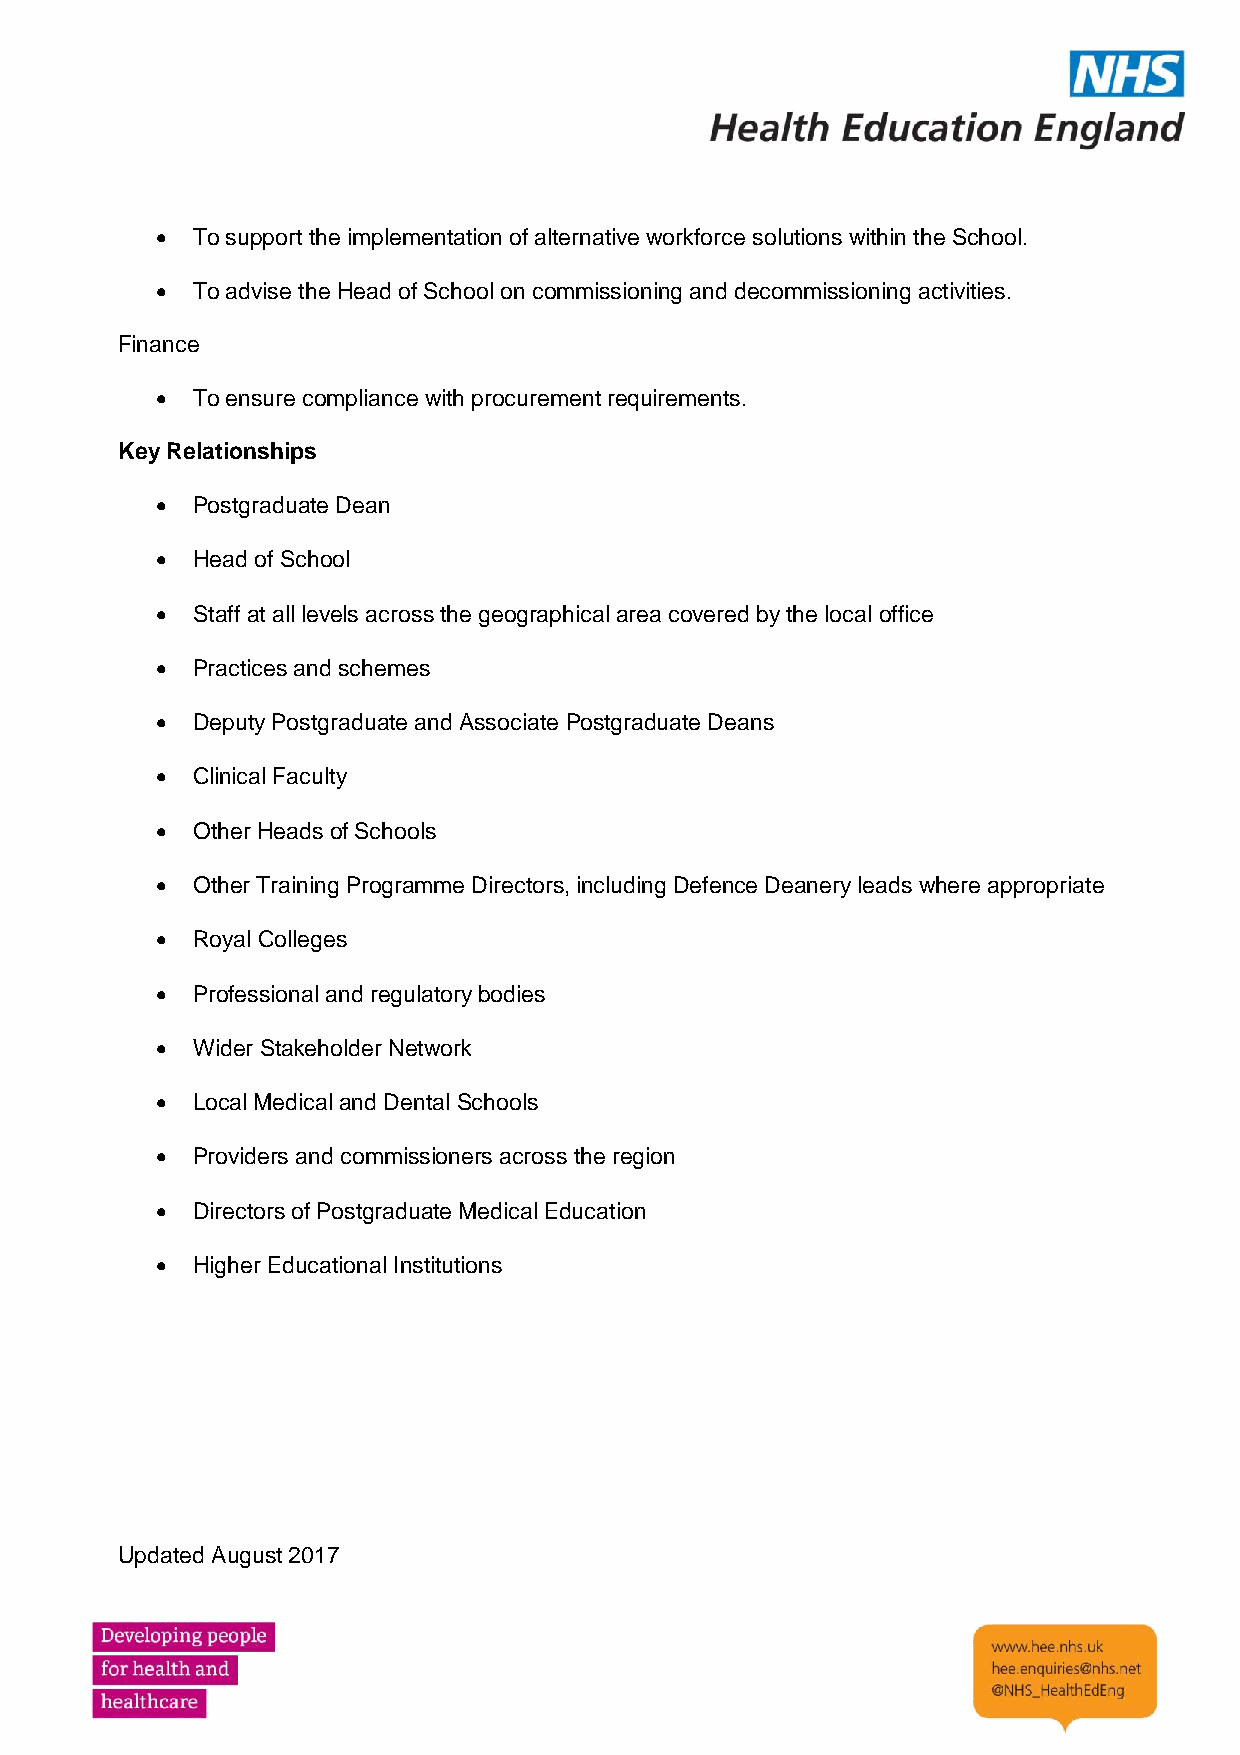
•  To support the implementation of alternative workforce solutions within the School.
 •  To advise the Head of School on commissioning and decommissioning activities.
 Finance
 •  To ensure compliance with procurement requirements.
 Key Relationships
 •  Postgraduate Dean
 •  Head of School
 •  Staff at all levels across the geographical area covered by the local office
 •  Practices and schemes
 •  Deputy Postgraduate and Associate Postgraduate Deans
 •  Clinical Faculty
 •  Other Heads of Schools
 •  Other Training Programme Directors, including Defence Deanery leads where appropriate
 •  Royal Colleges
 •  Professional and regulatory bodies
 •  Wider Stakeholder Network
 •  Local Medical and Dental Schools
 •  Providers and commissioners across the region
 •  Directors of Postgraduate Medical Education
 •  Higher Educational Institutions
 Updated August 2017